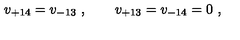
v _ { + 1 4 } = v _ { - 1 3 } \ , \qquad v _ { + 1 3 } = v _ { - 1 4 } = 0 \ ,